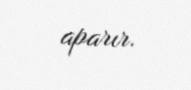
aparır.